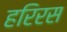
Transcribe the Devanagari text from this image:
हरिरस